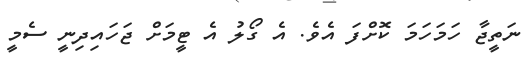
ނަތީޖާ ހަމަހަމަ ކޮށްފަ އެވެ. އެ ގޯލު އެ ޓީމަށް ޖަހައިދިނީ ސެމީ